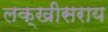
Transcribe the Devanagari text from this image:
लक्खीसराय